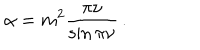
\alpha = m ^ { 2 } \frac { \pi \nu } { \sin \pi \nu } \, .